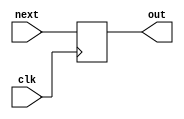
`timescale 1ns / 1ps
//////////////////////////////////////////////////////////////////////////////////
// 
// Design Name: 
// Module Name: Program_counter
// Project Name: MIPS
// Target Devices: 
// Tool Versions: 
// Description: 
// 
// Dependencies: 
// 
// Revision:
// Revision 0.01 - File Created
// Additional Comments:
// 
//////////////////////////////////////////////////////////////////////////////////


module Program_counter (
    input clk,
    input [31:0] next,  // the input address
    output reg [31:0] out  // the output address
);

  initial begin
    out = -4;  // NEVER REACHED ADDRESS
  end

  always @(posedge clk) begin
    out = next;
  end

endmodule